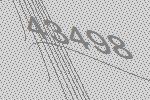
43498